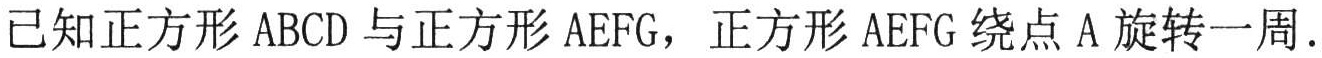
已知正方形 \(ABCD\) 与正方形 \(AEFG\)，正方形 \(AEFG\) 绕点 \(A\) 旋转一周.